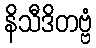
နိသီဒိတဗ္ဗံ